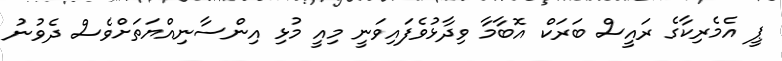
ޕީ އެމެރިކާގެ ރައީސް ބަރަކް އޮބާމާ ވިދާޅުވެފައިވަނީ މިއީ މުޅި އިންސާނިއްޔަތަށްވެސް ދެވުނު